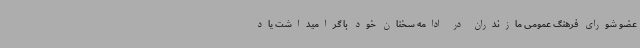
عضو شورای فرهنگ عمومی مازندران در ادامه سخنان خود با گرامیداشت یاد